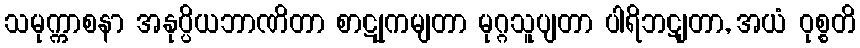
သမုက္ကာစနာ အနုပ္ပိယဘာဏိတာ စာဋုကမျတာ မုဂ္ဂသူပျတာ ပါရိဘဋျတာ, အယံ ဝုစ္စတိ